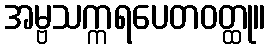
အမ္ဗသက္ကရပေတဝတ္ထု။